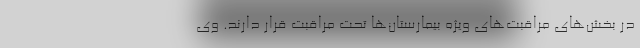
در بخش‌های مراقبت‌های ویژه بیمارستان‌ها تحت مراقبت قرار دارند. وی